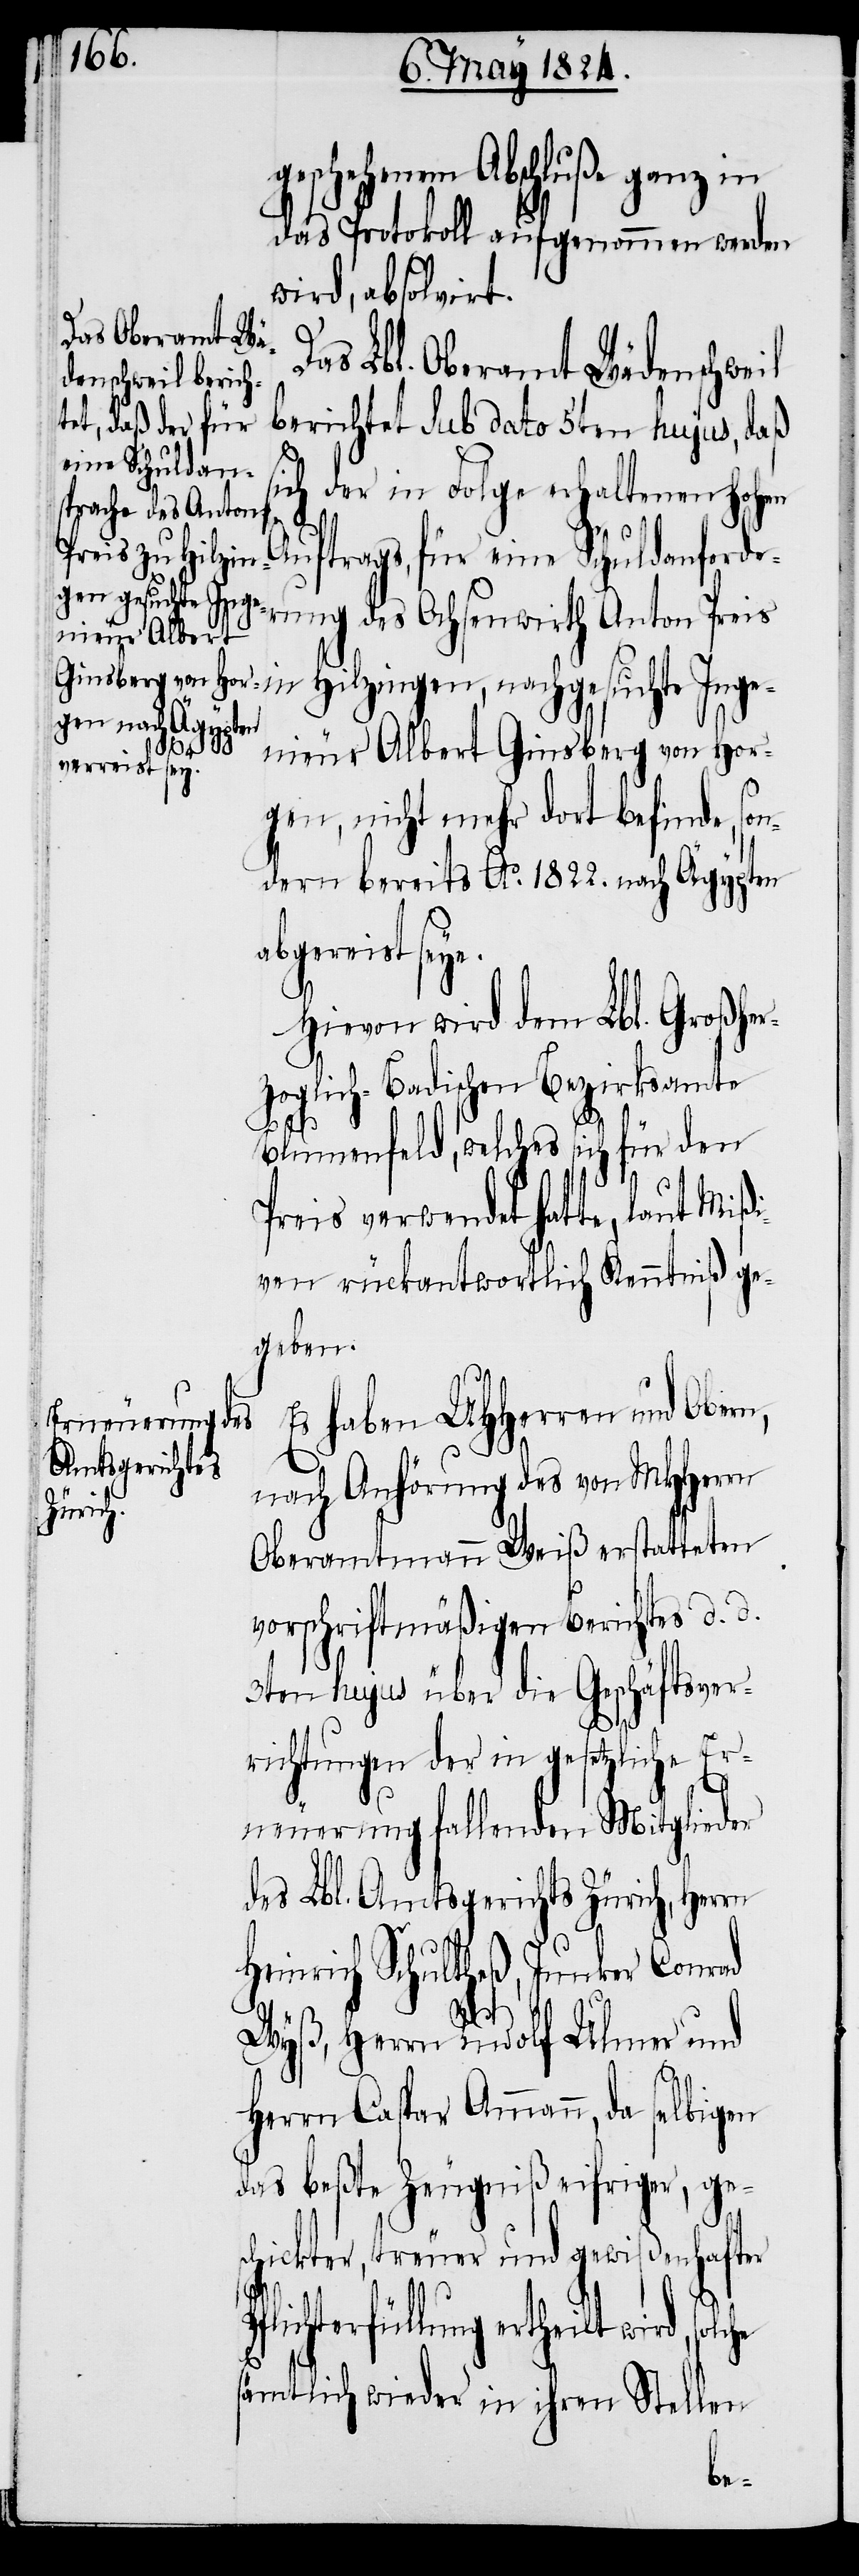
geschehenem Abschluße ganz in
das Protokoll aufgenommen werden
wird, absolvirt.
as Lbl. Oberamt Wädenschweil
berichtet sub dato 5ten hujus, daß
sich der in Folge erhaltenen hohen
Auftrags, für eine Schuldforde¬
rung des Ochsenwirth Anton Preis
Hilzingen, nachgesuchte Inge¬
D¬
nieur Albert Ginsberg von Hor¬
gen, nicht mehr dort befinde, son¬
dern bereits Ao. 1822. nach Ägypten
abgereist sey¬
Hievon wird dem Lbl. Großher¬
zoglich-Badischen Bezirksamte
des Lbl.
Blumenfeld, welches sich für den
Preis verwendet hatte, laut Miß¬
iven rückantwortlich Kenntniß ge¬
geben.
Es haben UHHerren und Obern,
Amtsgerichtes
nach Anhörung des von MHHerrn
Zürich,
Oberamtmann Weiß erstatteten
vorschriftmäßigen Berichtes d. d.
3ten hujus über die Geschäftsver¬
richtungen der in gesetzliche Er¬
neuerung fallenden Mitglieder
Heinrich Schultheß, Junker Conrad
d,
Wyß, Herrn Rudolf Ulmer und
Herrn Caspar Ammann, da selbigen
das beßte Zeugniß eifriger, ges¬
chickter, treuer und gewißenhafter
terfüllung ertheilt wir¬
solche
sämtlich wieder in ihren Stellen